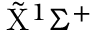
\tilde { \mathrm { X } } ^ { 1 } \Sigma ^ { + }